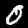
Label: 0